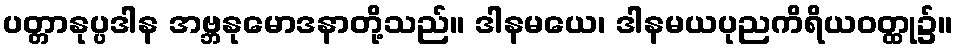
ပတ္တာနုပ္ပဒါန အဗ္ဘနုမောဒနာတို့သည်။ ဒါနမယေ၊ ဒါနမယပုညကိရိယဝတ္ထု၌။